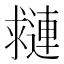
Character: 𨘑